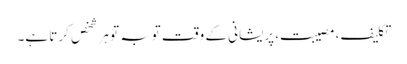
تکلیف، مصیبت، پریشانی کے وقت توبہ تو ہر شخص کرتا ہے۔